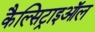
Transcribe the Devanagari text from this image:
कैल्सिट्राइऑल